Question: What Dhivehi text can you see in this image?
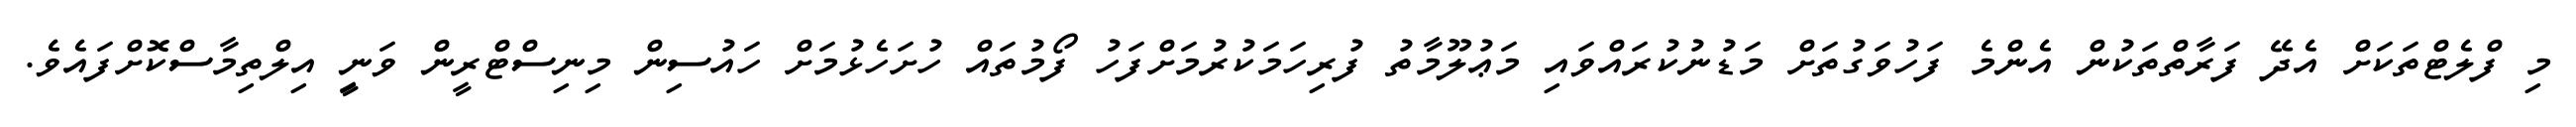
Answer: މި ފްލެޓްތަކަށް އެދޭ ފަރާތްތަކުން އެންމެ ފަހުވަގުތަށް މަޑުނުކުރައްވައި މަޢުލޫމާތު ފުރިހަމަކުރުމަށްފަހު ފޯމުތައް ހުށަހެޅުމަށް ހައުސިން މިނިސްޓްރީން ވަނީި އިލްތިމާސްކޮށްފައެވެ.